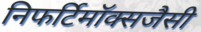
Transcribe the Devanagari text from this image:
निफर्टिमॉक्सजैसी